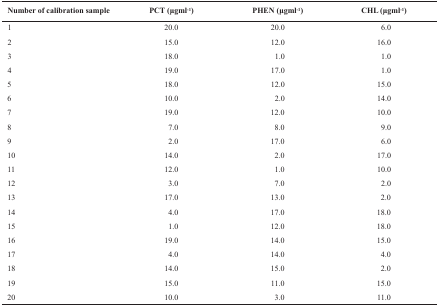
<table><thead><tr><td><b>Number of calibration sample</b></td><td><b>PCT (μgml-1)</b></td><td><b>PHEN (μgml-1)</b></td><td><b>CHL (μgml-1)</b></td></tr></thead><tbody><tr><td>1</td><td>20.0</td><td>20.0</td><td>6.0</td></tr><tr><td>2</td><td>15.0</td><td>12.0</td><td>16.0</td></tr><tr><td>3</td><td>18.0</td><td>1.0</td><td>1.0</td></tr><tr><td>4</td><td>19.0</td><td>17.0</td><td>1.0</td></tr><tr><td>5</td><td>18.0</td><td>12.0</td><td>15.0</td></tr><tr><td>6</td><td>10.0</td><td>2.0</td><td>14.0</td></tr><tr><td>7</td><td>19.0</td><td>12.0</td><td>10.0</td></tr><tr><td>8</td><td>7.0</td><td>8.0</td><td>9.0</td></tr><tr><td>9</td><td>2.0</td><td>17.0</td><td>6.0</td></tr><tr><td>10</td><td>14.0</td><td>2.0</td><td>17.0</td></tr><tr><td>11</td><td>12.0</td><td>1.0</td><td>10.0</td></tr><tr><td>12</td><td>3.0</td><td>7.0</td><td>2.0</td></tr><tr><td>13</td><td>17.0</td><td>13.0</td><td>2.0</td></tr><tr><td>14</td><td>4.0</td><td>17.0</td><td>18.0</td></tr><tr><td>15</td><td>1.0</td><td>12.0</td><td>18.0</td></tr><tr><td>16</td><td>19.0</td><td>14.0</td><td>15.0</td></tr><tr><td>17</td><td>4.0</td><td>14.0</td><td>4.0</td></tr><tr><td>18</td><td>14.0</td><td>15.0</td><td>2.0</td></tr><tr><td>19</td><td>15.0</td><td>11.0</td><td>15.0</td></tr><tr><td>20</td><td>10.0</td><td>3.0</td><td>11.0</td></tr></tbody></table>